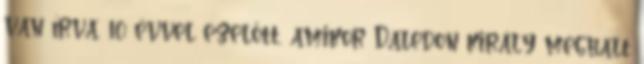
van írva. 10 évvel ezelőtt, amikor Daledon király meghalt